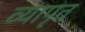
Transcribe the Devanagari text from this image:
व्यापृत